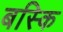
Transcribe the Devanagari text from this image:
बस्कि